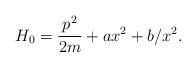
LaTeX: \begin{align*}H_0 =\frac{p^2}{2m} + ax^2 + b/x^2 . \end{align*}